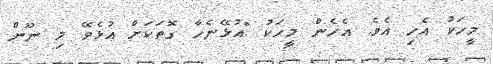
މީހަކު އެހި އެވެ. އެހެން މީހަކު "އުޅޭނެހާ ގޮތަކަށް އުޅެވޭ މި ނޫން